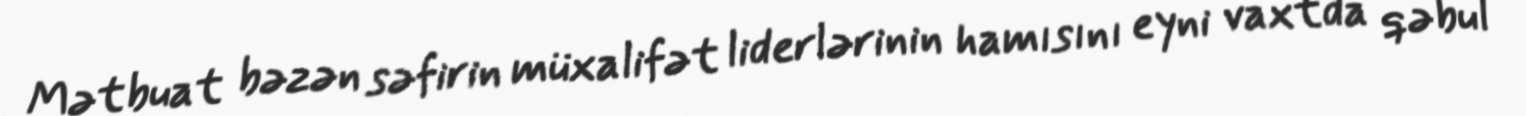
Mətbuat bəzən səfirin müxalifət liderlərinin hamısını eyni vaxtda qəbul